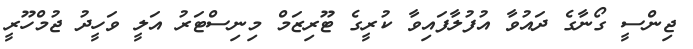
ޖިންސީ ގޯނާގެ ދައުވާ އުފުލާފައިވާ ކުރީގެ ޓޫރިޒަމް މިނިސްޓަރު އަލީ ވަހީދު ޖުމްހޫރީ